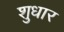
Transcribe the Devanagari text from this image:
शुधार